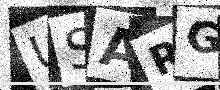
Text: USARGX